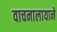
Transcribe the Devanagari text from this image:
वाचनालायाने